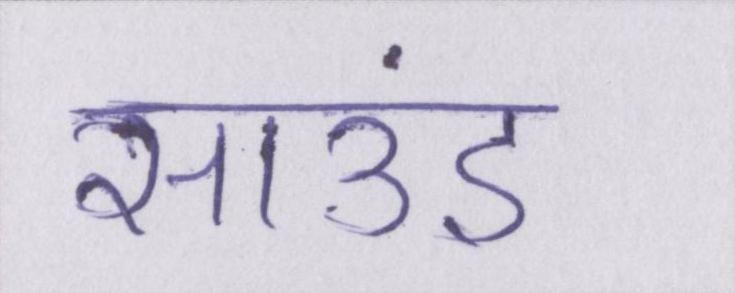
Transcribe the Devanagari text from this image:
साउंड